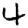
Digit: 4